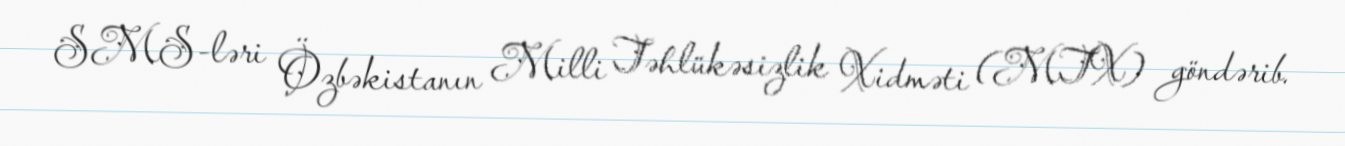
SMS-ləri Özbəkistanın Milli Təhlükəsizlik Xidməti (MTX) göndərib.